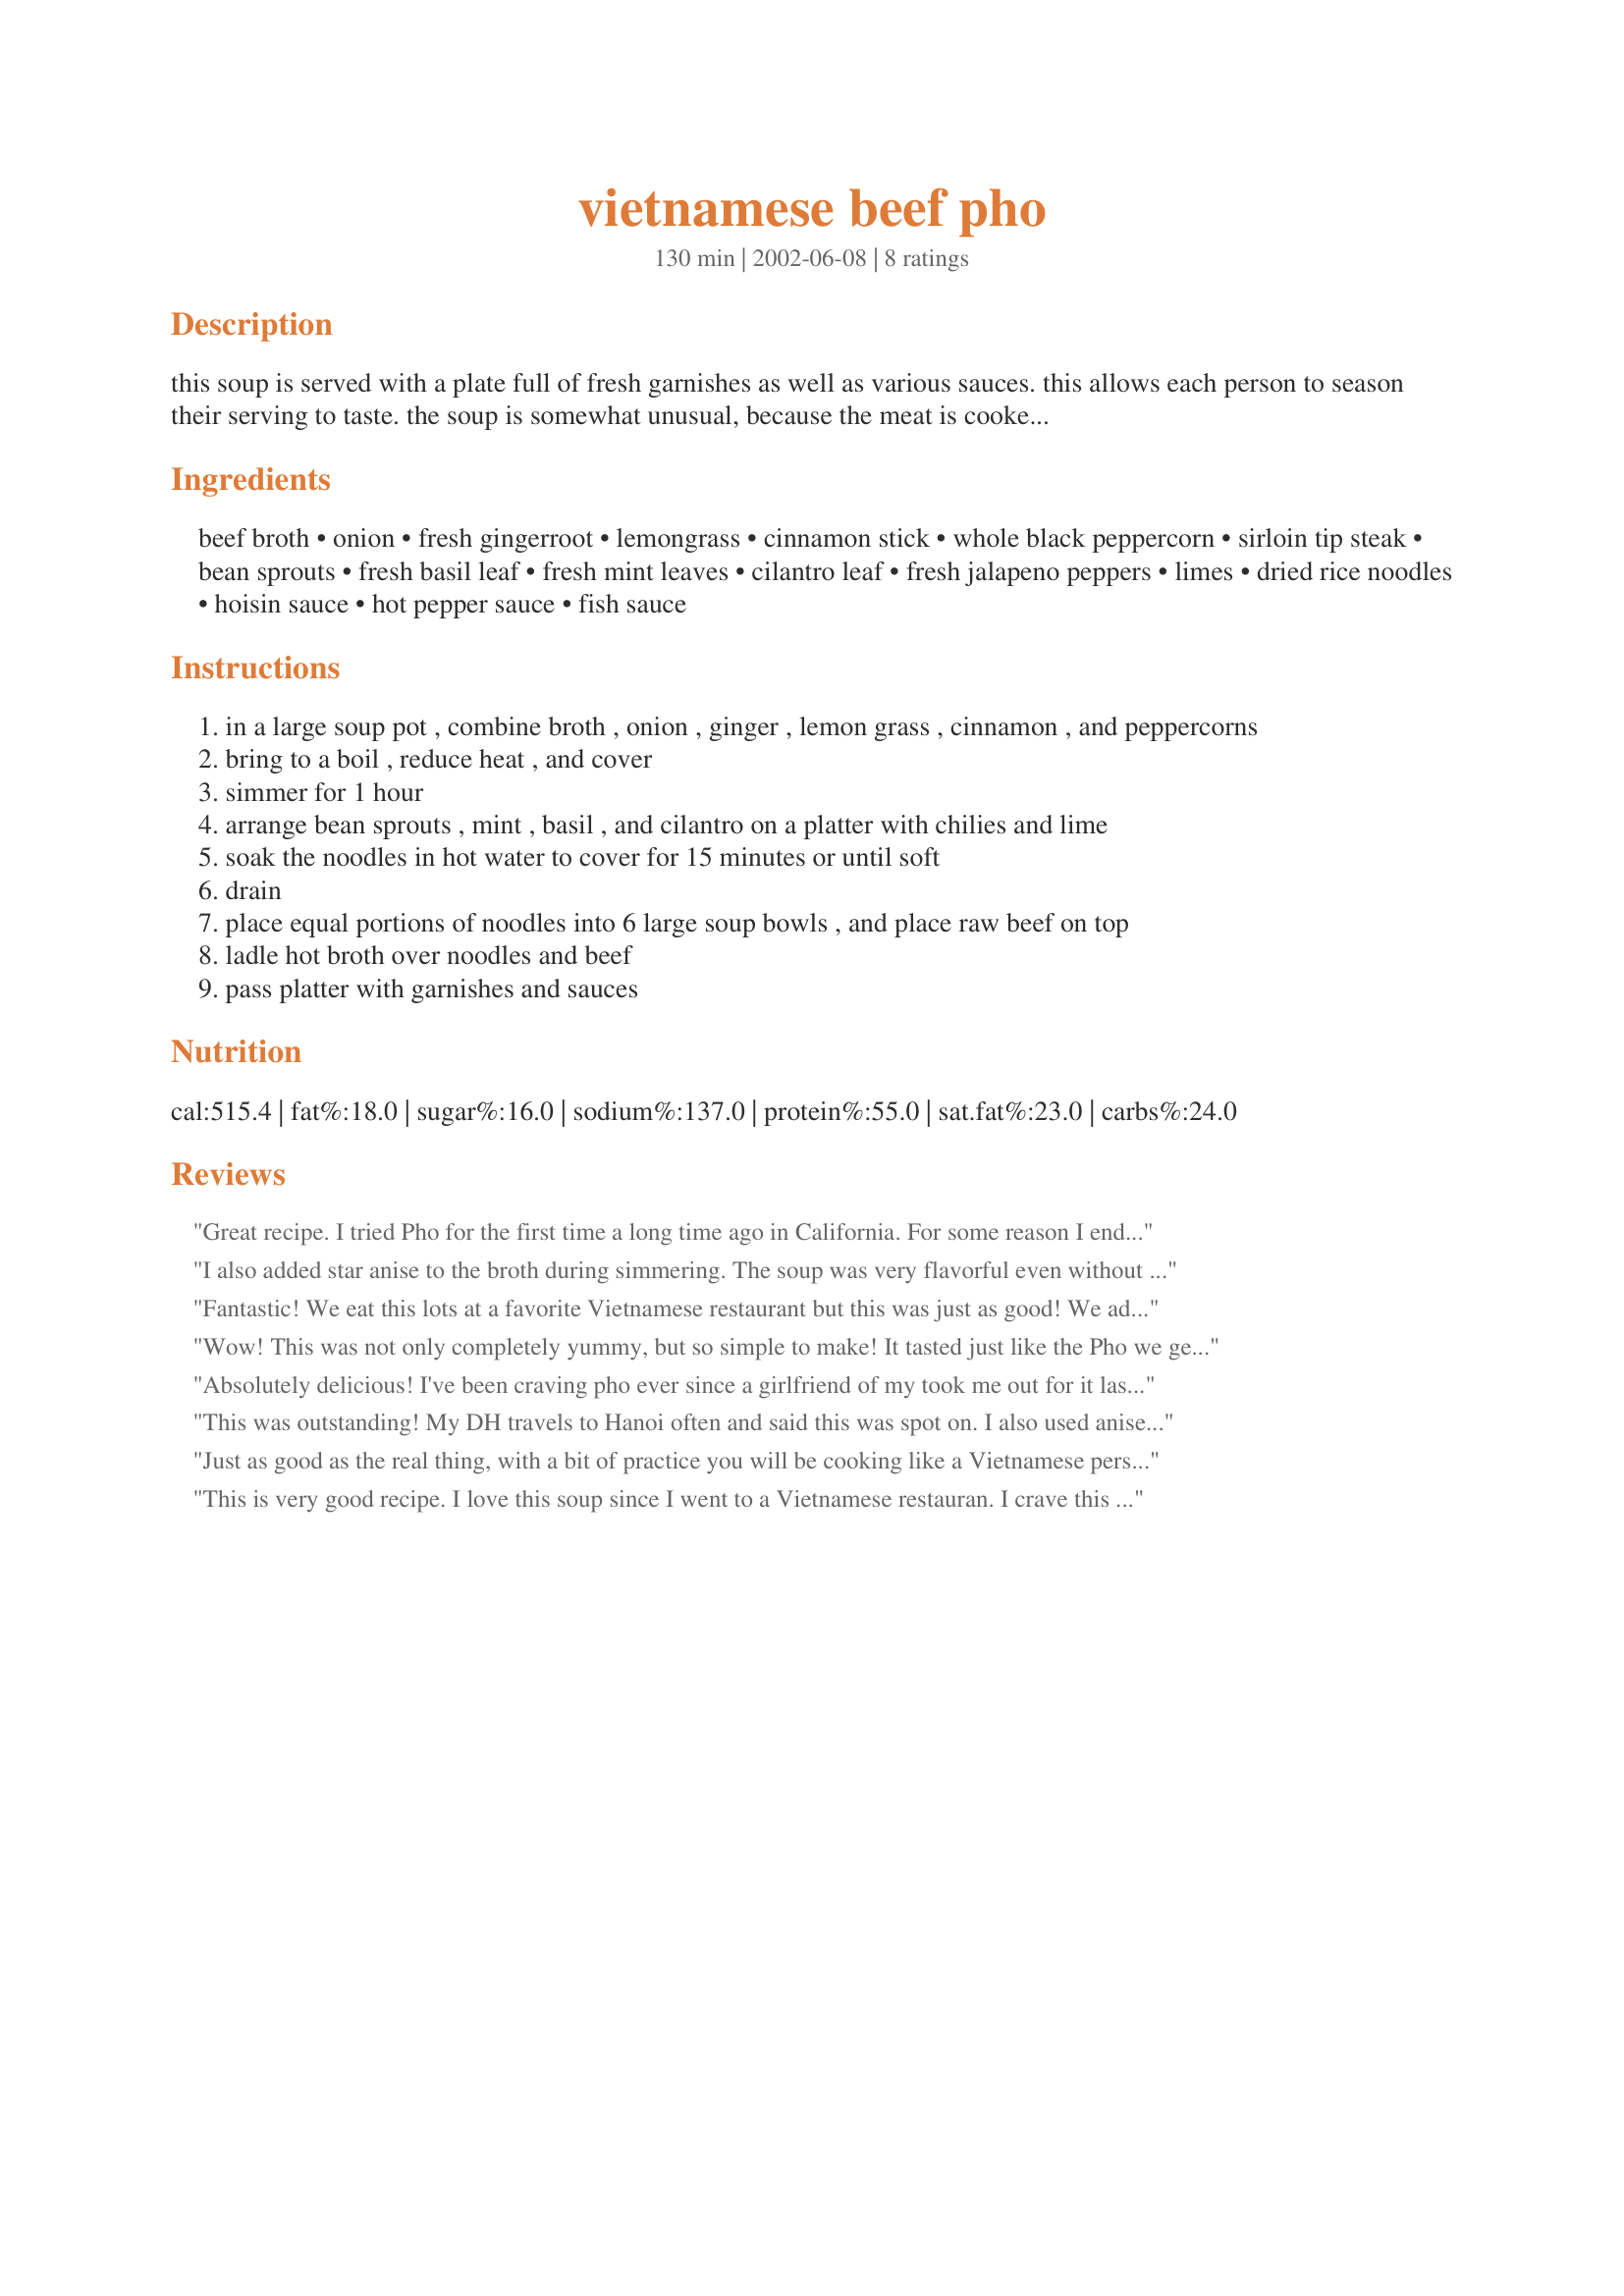
vietnamese beef pho
Preparation time: 130 minutes

this soup is served with a plate full of fresh garnishes as well as various sauces. this allows each person to season their serving to taste. the soup is somewhat unusual, because the meat is cooked in the bowl. the beef is sliced very thin, almost thin enough to see through. you might want to have the butcher slice it for you. the boiling hot broth is poured over the noodles and raw meat. the meat is quickly cooked in the hot broth in the time it takes to garnish the soup. from allrecipes.com

Ingredients:
beef broth, onion, fresh gingerroot, lemongrass, cinnamon stick, whole black peppercorn, sirloin tip steak, bean sprouts, fresh basil leaf, fresh mint leaves, cilantro leaf, fresh jalapeno peppers, limes, dried rice noodles, hoisin sauce, hot pepper sauce, fish sauce

Steps:
in a large soup pot , combine broth , onion , ginger , lemon grass , cinnamon , and peppercorns
bring to a boil , reduce heat , and cover
simmer for 1 hour
arrange bean sprouts , mint , basil , and cilantro on a platter with chilies and lime
soak the noodles in hot water to cover for 15 minutes or until soft
drain
place equal portions of noodles into 6 large soup bowls , and place raw beef on top
ladle hot broth over noodles and beef
pass platter with garnishes and sauces

Reviews:
Great recipe. I tried Pho for the first time a long time ago in California. For some reason I ended up with tripe in it. That was probably because I didn&#039;t know what I was ordering. I didn&#039;t like it. Fortunately a Vietnamese restaurant opened in the small city where I live. Wife and I decided to try the beef pho. It was great. The restaurant unfortunately went out of business. Found this recipe and tried it. I used tenderloin and followed the directions as shown. I think it came out better than at the restaurant where we liked it. Thanks for posting it.
I also added star anise to the broth during simmering. The soup was very flavorful even without all the add ins! Thanks for sharing.
Fantastic! We eat this lots at a favorite Vietnamese restaurant but this was just as good! We added star anise and mushrooms to the stock.
Wow! This was not only completely yummy, but so simple to make! It tasted just like the Pho we get at a local vietnamese restaurant! I am so glad I tried making it! I did add 3 teaspoons of ground anise seed and took out the cinnamon before it was done simmering (probably about half way through) In addition, I added the fish sauce directly to the broth. Great find-GREAT recipe!
Absolutely delicious! I've been craving pho ever since a girlfriend of my took me out for it last week. There aren't any Vietnamese restaurants close by, so I tried this and my craving has been satisfied. THANK YOU!!
This was outstanding! My DH travels to Hanoi often and said this was spot on. I also used anise seeds in a cheesecloth in the broth. We like it really brothy so I added a can of beef connsomme as well. I put everything for broth in a crockpot on low and by dinner it was nothing more than soak noodles and chop garnishes. Soooo good!
Just as good as the real thing, with a bit of practice you will be cooking like a Vietnamese person! If you are a pho lover, you have to try this. I actually invented my own version before I realized this recipe was on this site.
This is very good recipe.
I love this soup since I went to a Vietnamese restauran. I crave this soup. I make it 1-2 a week. 
And is so healthy.!!!
